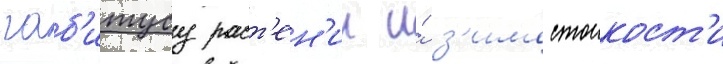
габ'итусу раст'ен'ии и́ з'имостоикост'и